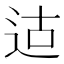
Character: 𫐢